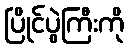
ပြိုင်ပွဲကြီးကို